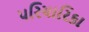
પરિચારિકા